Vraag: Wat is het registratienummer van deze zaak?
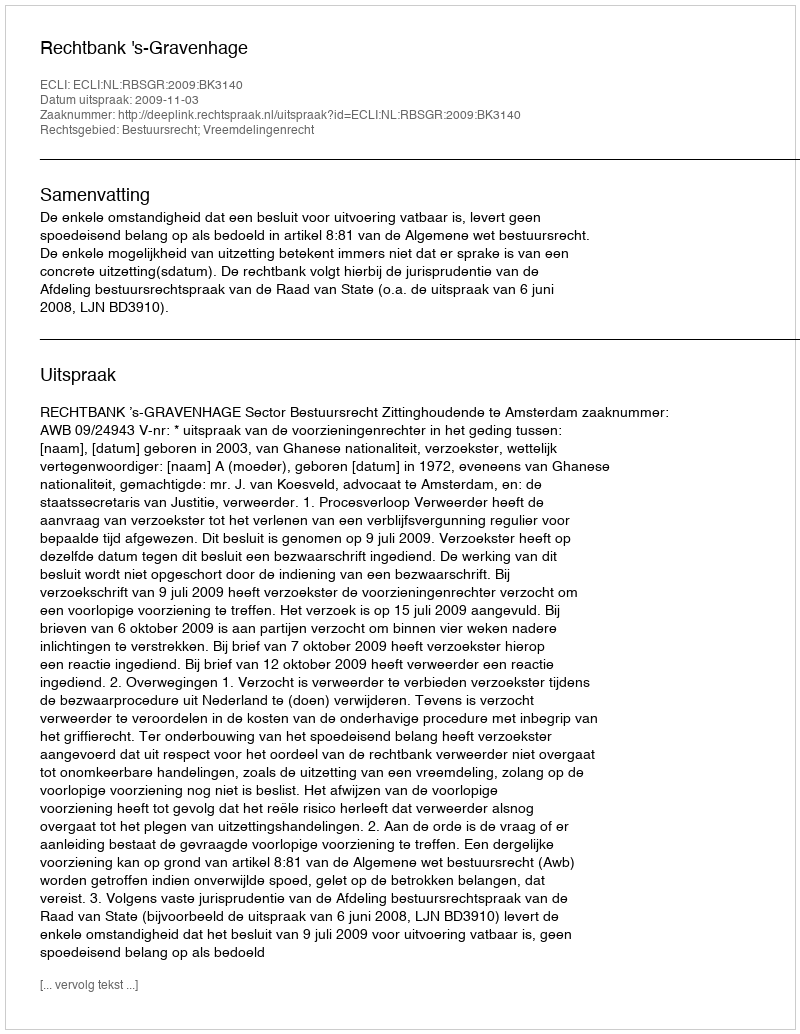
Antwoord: http://deeplink.rechtspraak.nl/uitspraak?id=ECLI:NL:RBSGR:2009:BK3140